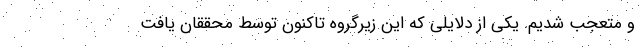
و متعجب شدیم. یکی از دلایلی که این زیرگروه تاکنون توسط محققان یافت